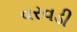
વરવડી